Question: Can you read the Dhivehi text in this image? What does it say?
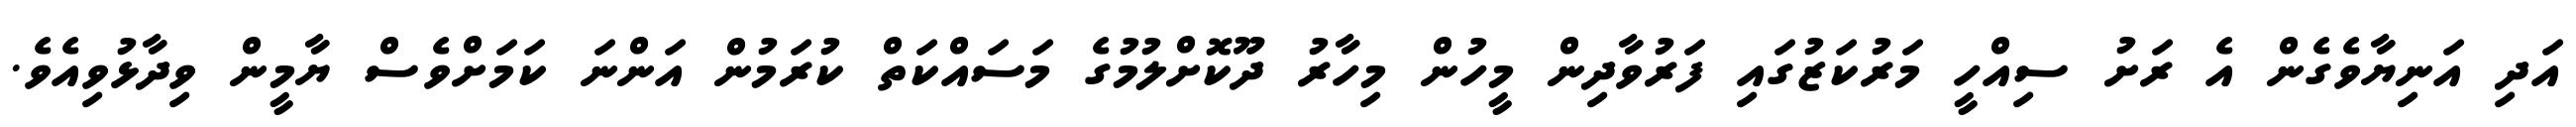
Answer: އަދި އަނިޔާވެގެން އެ ރަށު ސިއްހީ މަރުކަޒުގައި ފަރުވާދިން މީހުން މިހާރު ދޫކޮށްލުމުގެ މަސައްކަތް ކުރަމުން އަންނަ ކަމަށްވެސް ޔާމީން ވިދާޅުވިއެވެ.